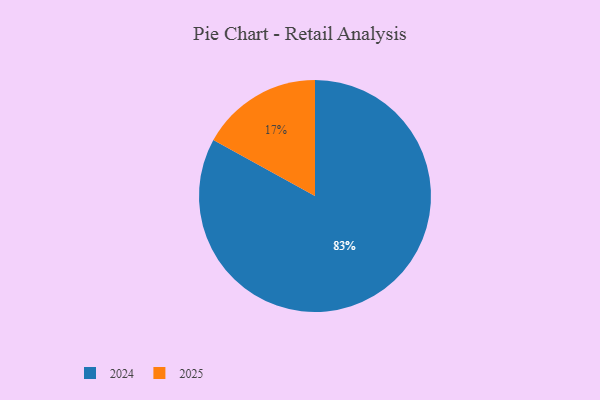
{"axis": {"x": "Category", "y": "Percentage"}, "legend": ["2024", "2025"], "data": [{"x": "2024", "y": 83, "type": "2024"}, {"x": "2025", "y": 17, "type": "2025"}]}